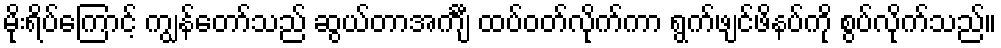
မိုးရိပ်ကြောင့် ကျွန်တော်သည် ဆွယ်တာအင်္ကျီ ထပ်ဝတ်လိုက်ကာ ရွက်ဖျင်ဖိနပ်ကို စွပ်လိုက်သည်။